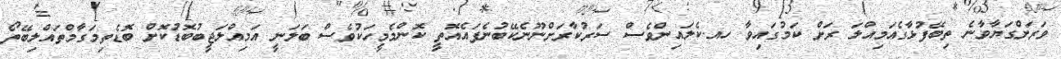
ވަރަށްގަޔާވާނެ ތިބޭފުޅާގެއަމިއްލަ ރަށް ކަމުގައިވާ ހއ.ކެލައިންވެސް ސަރުކާރަށްނޫނެކޭބުނެފައެއޮތީ ކޮންމެމީހަކުވެސް ބަލަނީ އަމިއްލަޖީބުބޮޑުކޮށް ބޮޑެތިމަގާމްތައްލިބޭތޯ